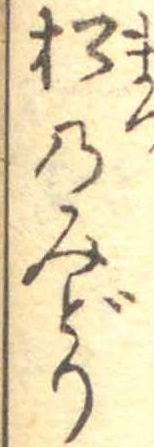
松のみどり